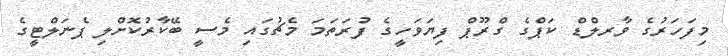
މިފަހަރުގެ ވާރލްޑް ކަޕްގެ ގްރޫޕް ފިޔަވަހީގެ ފުރަތަމަ މެޗުގައި މެސީ ބޭކާރުކޮށްލި ޕެނަލްޓީގެ